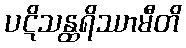
ပဋိသန္ထရိဿာမီတိ